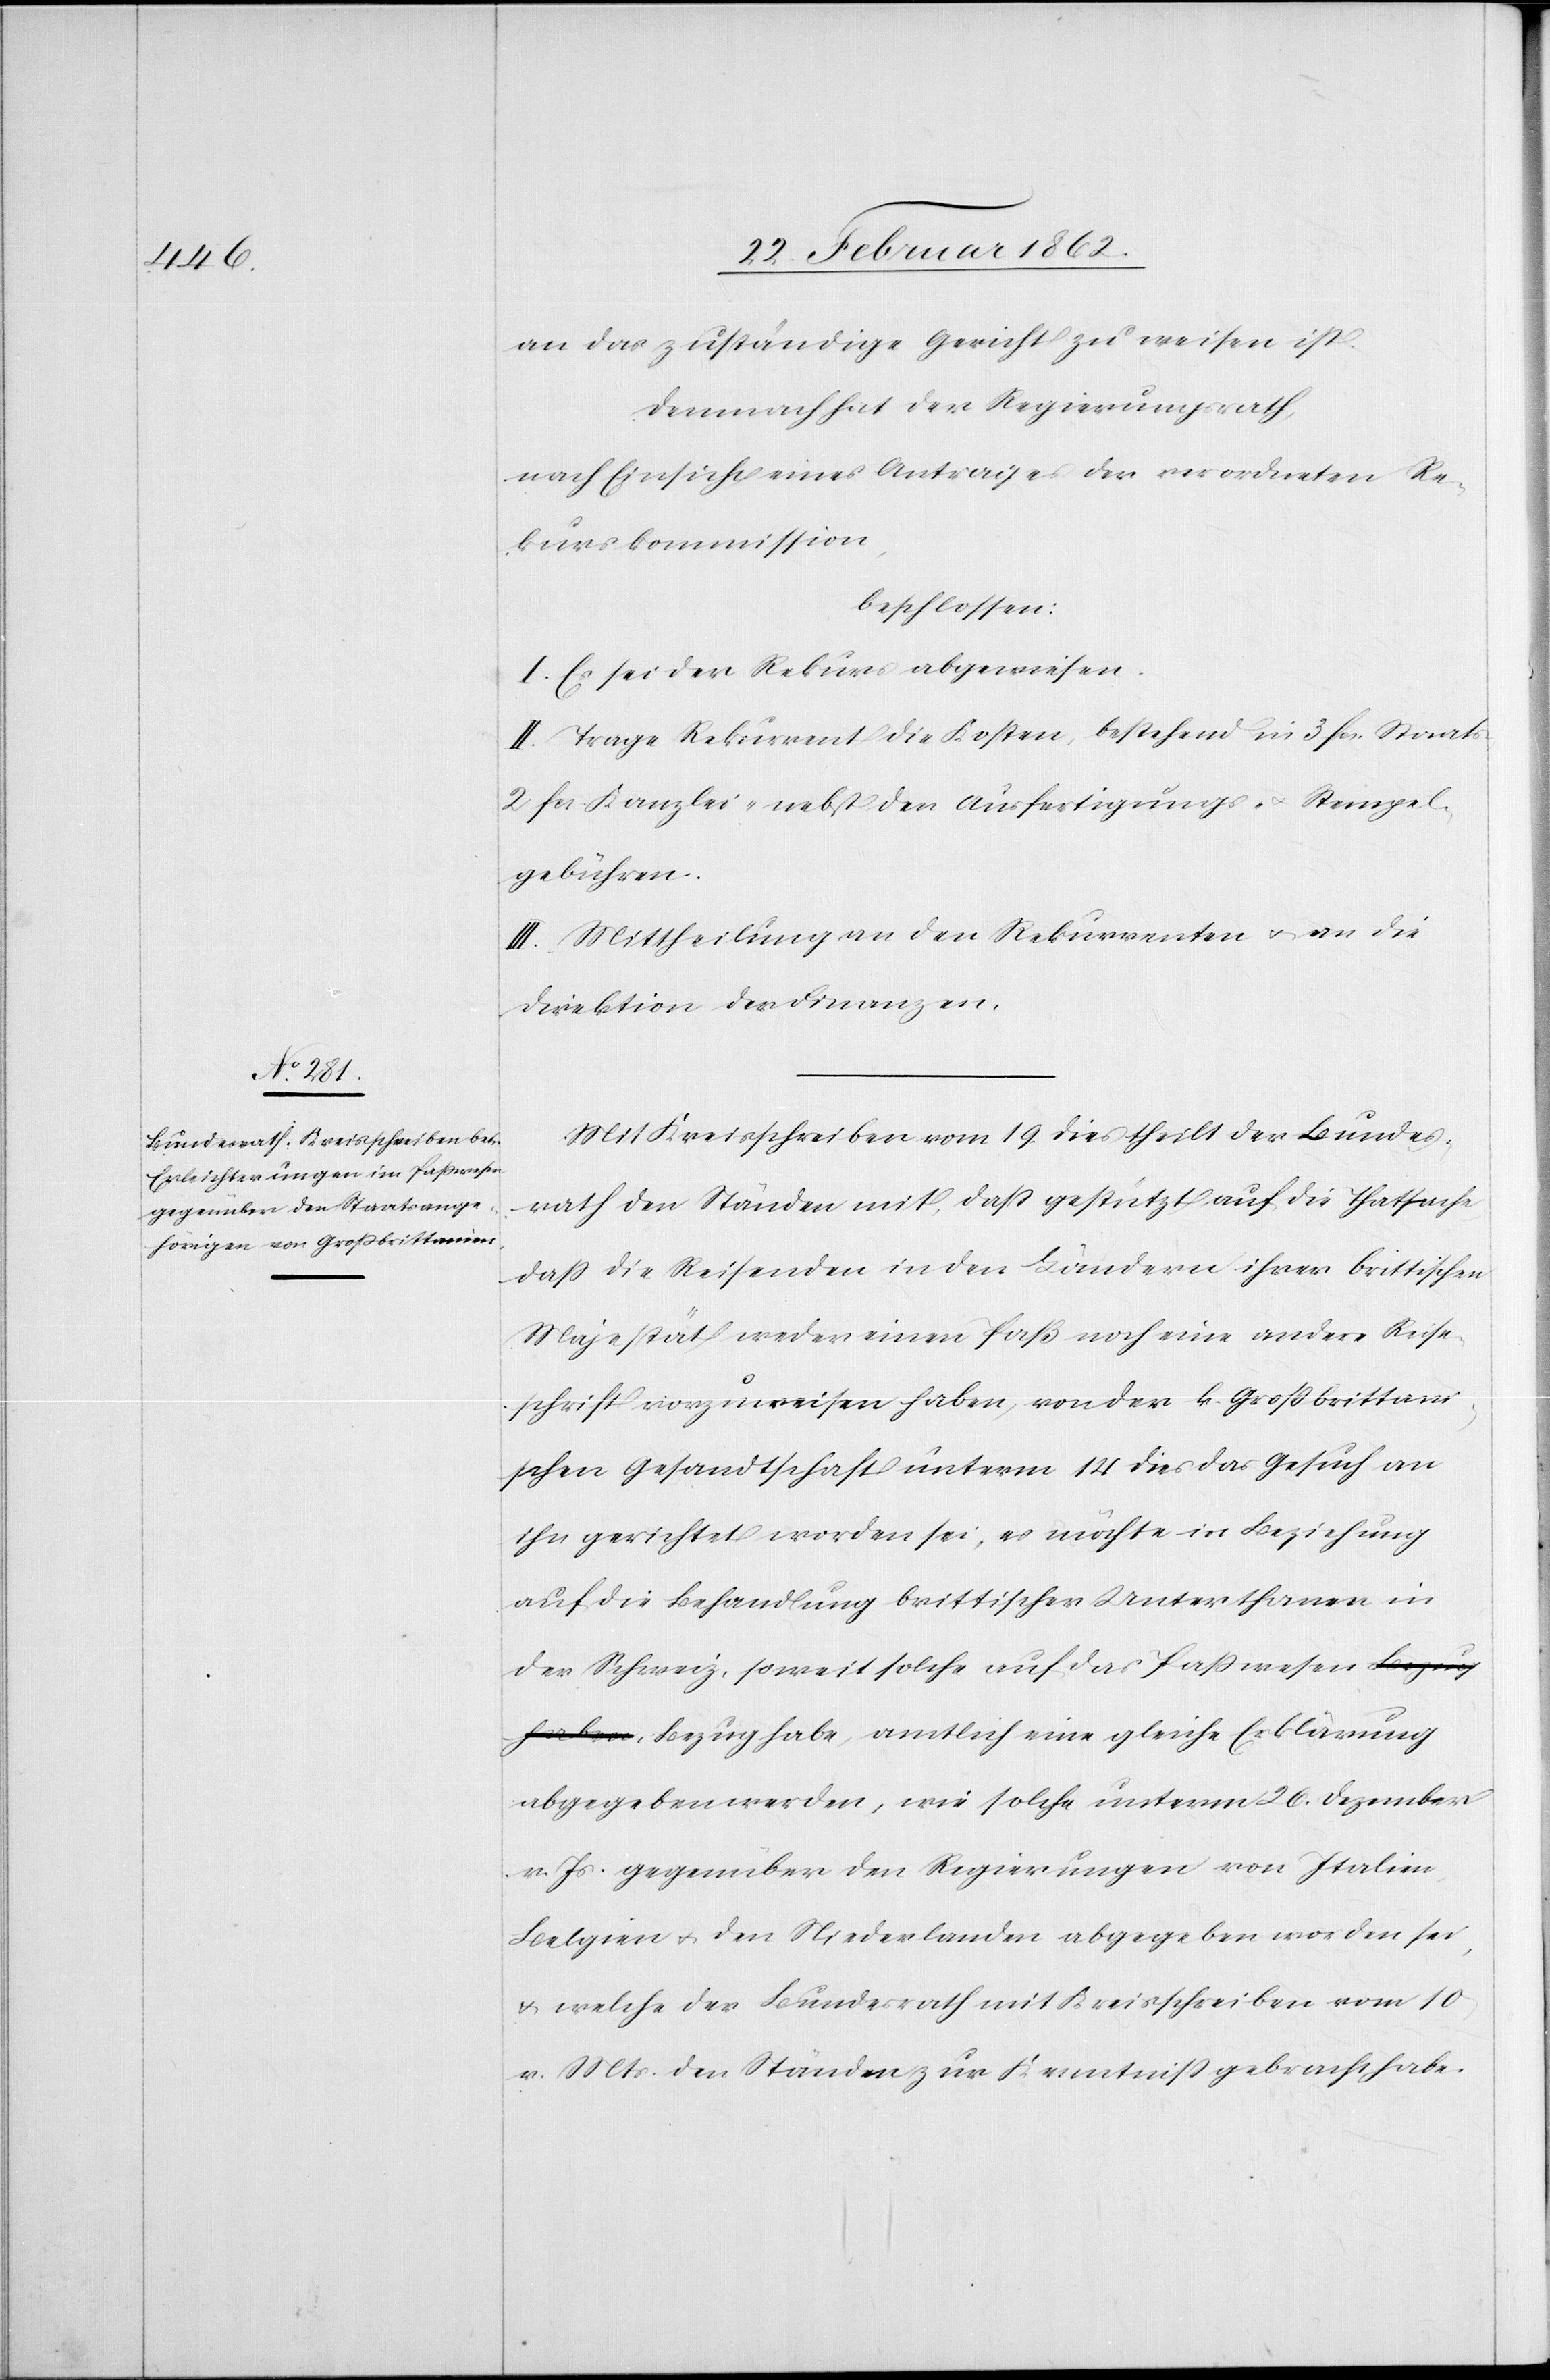
an das zuständige Gericht zu weisen ist.
Demnach hat der Regierungsrath,
nach Einsicht eines Antrages der verordneten Re¬
kurskommission,
beschlossen:
I. Es sei der Rekurs abgewiesen.
II. Trage Rekurrent die Kosten, bestehend in 3 fcs. Staats-
2 fcs Kanzlei- nebst den Ausfertigungs- u. Stempel¬
gebühren.
III. Mittheilung an den Rekurrenten u. an die
Direktion der Finanzen.
Mit Kreisschreiben vom 19. dies theilt der Bundes¬
rath den Ständen mit, daß gestützt auf die Thatsache,
daß die Reisenden in den Ländern ihrer brittischen
Majestät weder einen Paß noch eine andere Reise¬
schrift vorzuweisen haben, von der k. Großbrittan¬
ischen Gesandtschaft unterm 14 dies das Gesuch an
ihn gerichtet worden sei, es möchte in Beziehung
auf die Behandlung brittischer Unterthanen in
der Schweiz, soweit solche auf das Paßwesen Bezug
abgegeben werden, wie solche unterm 26. Dezember
v. Js. gegenüber den Regierungen von Italien,
Belgien u. den Niederlanden abgegeben worden sei,
u. welche der Bundesrath mit Kreisschreiben vom 10
v. Mts. den Ständen zur Kenntniß gebracht habe.